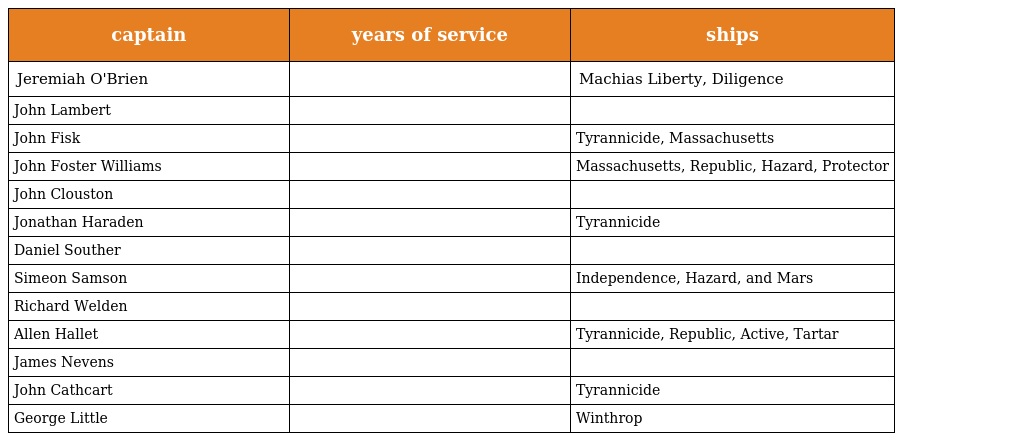
| captain | years of service | ships |
 | --- | --- | --- |
 | Jeremiah O'Brien |  | Machias Liberty, Diligence |
 | John Lambert |  |  |
 | John Fisk |  | Tyrannicide, Massachusetts |
 | John Foster Williams |  | Massachusetts, Republic, Hazard, Protector |
 | John Clouston |  |  |
 | Jonathan Haraden |  | Tyrannicide |
 | Daniel Souther |  |  |
 | Simeon Samson |  | Independence, Hazard, and Mars |
 | Richard Welden |  |  |
 | Allen Hallet |  | Tyrannicide, Republic, Active, Tartar |
 | James Nevens |  |  |
 | John Cathcart |  | Tyrannicide |
 | George Little |  | Winthrop |